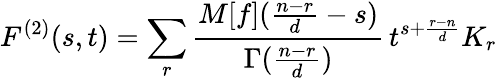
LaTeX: F^{(2)}(s,t)=\sum_{r}\frac{M[f](\frac{n-r}{d}-s)}{\Gamma(\frac{n-r}{d})}\, t^{s+\frac{r-n}{d}}K_{r}